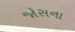
જોસના